Report on the working of the Ranchi Indian Mental Hospital, Kanke, in Bihar and Orissa - 1930-1940
Year: 1930
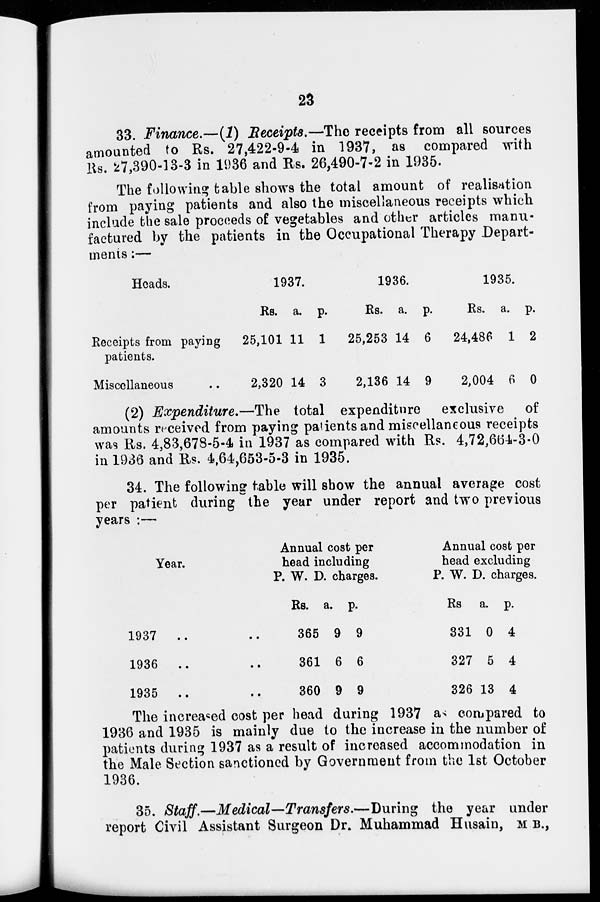
23
33. Finance.—(1) Receipts.—The receipts from all sources
amounted to Rs. 27,422-9-4 in 1937, as compared with
Rs. 27,390-13-3 in 1936 and Rs. 26,490-7-2 in 1935.
The following table shows the total amount of realisation
from paying patients and also the miscellaneous receipts which
include the sale proceeds of vegetables and other articles manu-
factured by the patients in the Occupational Therapy Depart-
ments :—
Heads.
Receipts from paying
patients.
Miscellaneous ..
1937.
Rs.
25,101
2,320
a.
11
14
p.
1
3
1936.
Rs.
25,253
2,136
a.
14
14
p.
6
9
1935.
Rs.
24,486
2,004
a.
1
6
p.
2
0
(2) Expenditure.—The total expenditure exclusive of
amounts received from paying patients and miscellaneous receipts
was Rs. 4,83,678-5-4 in 1937 as compared with Rs. 4,72,664-3-0
in 1936 and Rs. 4,64,653-5-3 in 1935.
34. The following table will show the annual average cost
per patient during the year under report and two previous
years :—
Year.
1937
.. ..
1936
.. ..
1935
..
..
Annual cost per
head including
P. W. D. charges.
Rs.
365
361
360
a.
9
6
9
p.
9
6
9
Annual cost per
head excluding
P. W. D. charges.
Rs.
331
327
326
a.
0
5
13
p.
4
4
4
The increased cost per head during 1937 as compared to
1936 and 1935 is mainly due to the increase in the number of
patients during 1937 as a result of increased accommodation in
the Male Section sanctioned by Government from the 1st October
1936.
35. Staff.—Medical—Transfers.—During
the year under
report Civil Assistant Surgeon Dr. Muhammad Husain, M.B.,